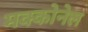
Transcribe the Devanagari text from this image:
मक्कोनेल